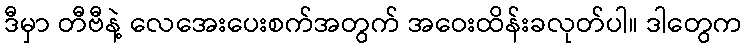
ဒီမှာ တီဗီနဲ့ လေအေးပေးစက်အတွက် အဝေးထိန်းခလုတ်ပါ။ ဒါတွေက